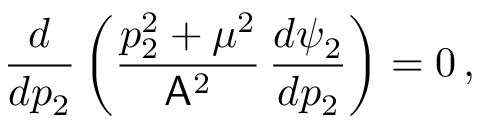
\frac { d } { d p _ { 2 } } \left( \frac { p _ { 2 } ^ { 2 } + \mu ^ { 2 } } { \mathsf { A } ^ { 2 } } \, \frac { d \psi _ { 2 } } { d p _ { 2 } } \right) = 0 \, ,